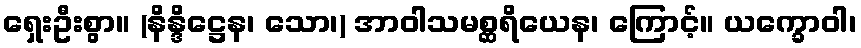
ရှေးဦးစွာ။ (နိန္ဒိဋ္ဌေန၊ သော၊) အာဝါသမစ္ဆရိယေန၊ ကြောင့်။ ယက္ခောဝါ၊